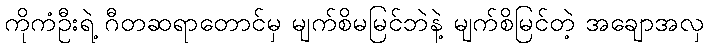
ကိုကံဦးရဲ့ ဂီတဆရာတောင်မှ မျက်စိမမြင်ဘဲနဲ့ မျက်စိမြင်တဲ့ အချောအလှ